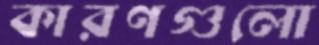
কারণগুলো